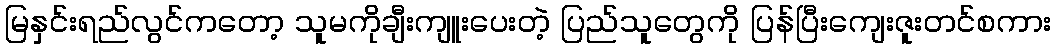
မြနှင်းရည်လွင်ကတော့ သူမကိုချီးကျူးပေးတဲ့ ပြည်သူတွေကို ပြန်ပြီးကျေးဇူးတင်စကား